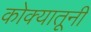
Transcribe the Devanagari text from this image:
कोक्यातूनी